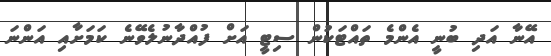
އޭނާ އަދި ބުނީ އެންމެ ތައްޓަކުން ސިޓީ އަށް ފުއްދާނުލެވޭނެ ކަމަށާއި އަންނަ